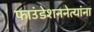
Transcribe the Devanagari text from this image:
फाउंडेशननेत्यांना